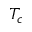
T _ { c }